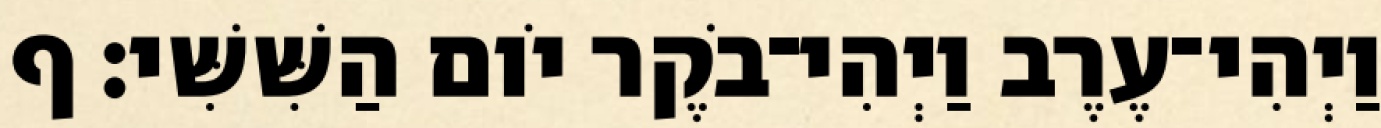
וַיְהִי־עֶרֶב וַיְהִי־בֹקֶר יֹום הַשִּׁשִּׁי׃ ף